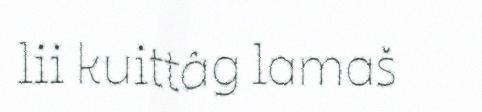
lii kuittâg lamaš